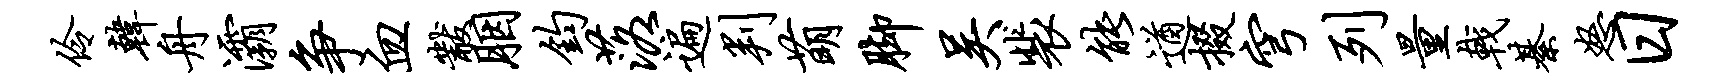
伶韩舟灞争血黻胭钧落遍判萌脚吴裴能遒掇穹列量戟綦怒日